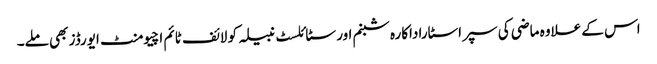
اس کے علاوہ ماضی کی سپر اسٹاراداکارہ شبنم اور سٹائلسٹ نبیلہ کو لائف ٹائم اچیومنٹ ایورڈز بھی ملے۔